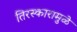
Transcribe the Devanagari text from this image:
तिरस्कारामुळे